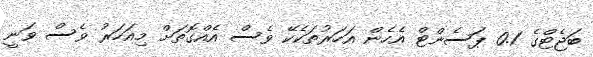
ބަޖެޓްގެ 0.1 ޕަސެންޓް އެހެން އަހަރުތަކެކޭ ވެސް އެއްގޮތަށް މިއަހަރު ވެސް ވަނީ